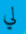
لي